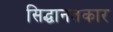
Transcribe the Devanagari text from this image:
सिद्धानतकार